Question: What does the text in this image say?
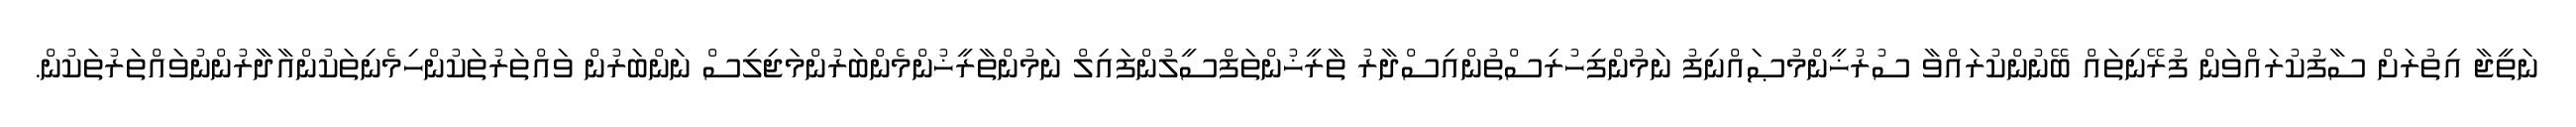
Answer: ނަތީޖާ އިތުރަށް ސާފުކުރައްވަން ފުރޭނިތައް ބޭނުންކުރައްވާ ސުރުޚީންމުޞައްނިފު ނަމުންފިހުރިސްތުންއިސްދާރު ތާރީޚުންތަފްސީލުންފައިލް ނަމުންތާރީޚުންމެންބަރުންމަޖިލިސް ނަންބަރުން ވައްތަރުތަކުންހިމެނިތަކުންއާދާރުންނުވައްތަރުތަކުން.